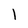
Character: 1